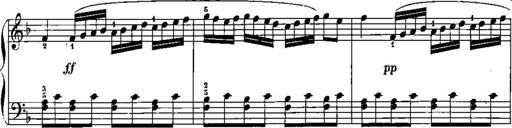
Title: Trois sonatines
Composer: Maurice Emmanuel